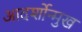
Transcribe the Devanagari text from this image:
आदर्शोन्‍मुख